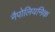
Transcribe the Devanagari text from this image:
नैपोलियनिक